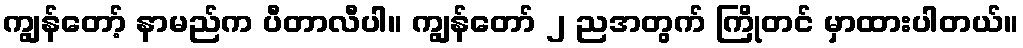
ကျွန်တော့် နာမည်က ပီတာလီပါ။ ကျွန်တော် ၂ ညအတွက် ကြိုတင် မှာထားပါတယ်။